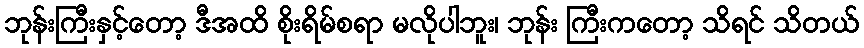
ဘုန်းကြီးနှင့်တော့ ဒီအထိ စိုးရိမ်စရာ မလိုပါဘူး၊ ဘုန်း ကြီးကတော့ သိရင် သိတယ်